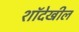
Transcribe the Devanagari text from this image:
शॉदेखील